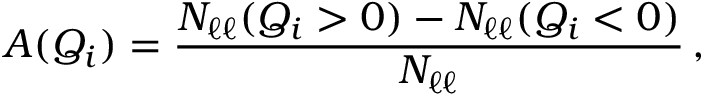
A ( Q _ { i } ) = \frac { N _ { \ell \ell } ( Q _ { i } > 0 ) - N _ { \ell \ell } ( Q _ { i } < 0 ) } { N _ { \ell \ell } } \, ,